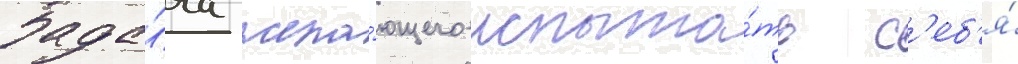
Зада́ча жела́ющего испыта́ть с'еб'я́